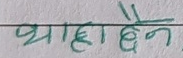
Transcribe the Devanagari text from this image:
थाहा छैन